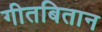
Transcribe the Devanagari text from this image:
गीतबितान